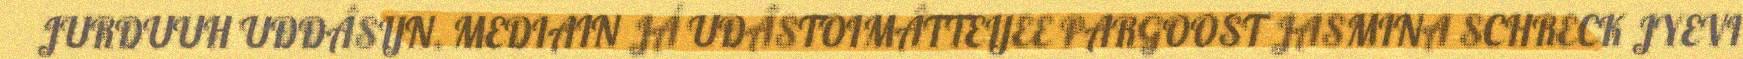
JURDUUH UĐĐÂSIJN, MEDIAIN JÁ UĐÂSTOIMÂTTEIJEE PARGOOST JASMINA SCHRECK JYEVI